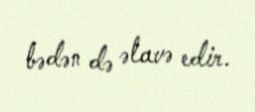
bədən də əlavə edir.